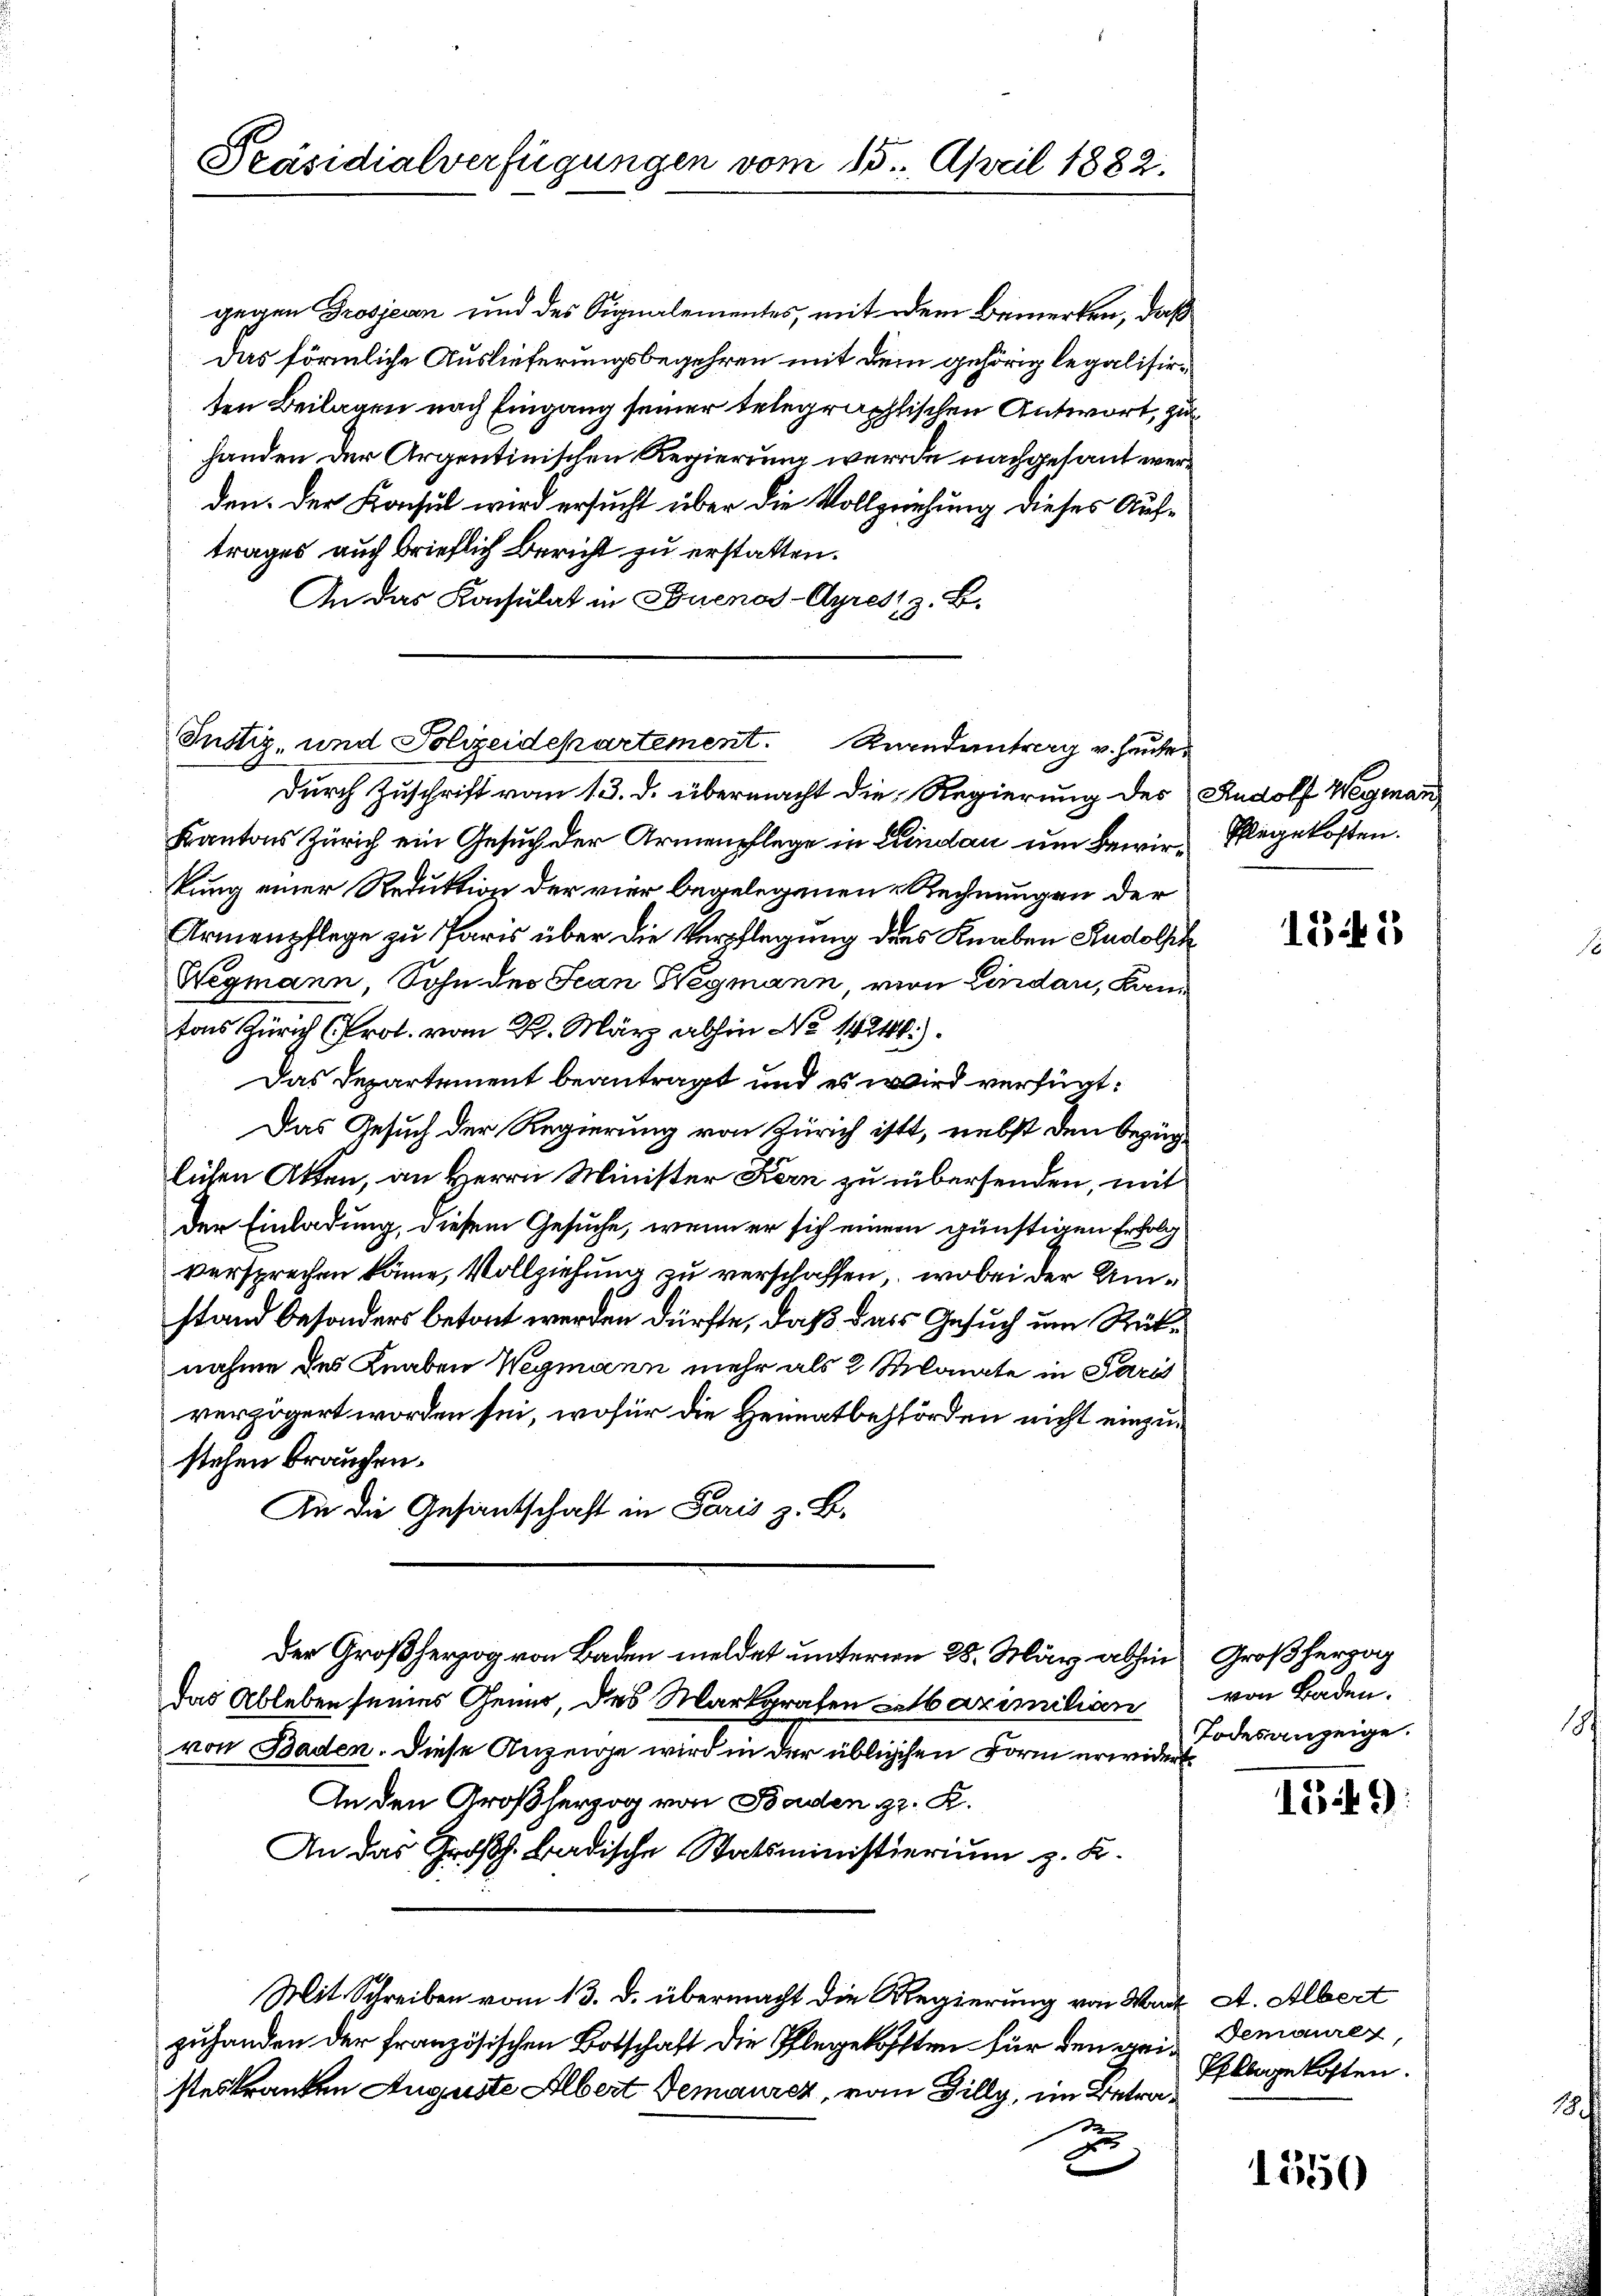
Justiz- und Polizeidepartement. Randantrag v. heute

Präsidialverfügungen vom 15. April 1882.

Das förmliche Auslieferungsbegehren mit dem gehörig legalisirten Beilagen nach Eingang seiner telegraphischen Antwort, zu
handen der Argentinischen Regierung werde nachgesant werden. Der Konsul wird ersucht über die Vollzeichung dieses Auftrages auch Brieflich bericht zu erstatten.
An das Konsulat in Buenos-Ayrest z. B.

gegen Grosjean und des Signalementes, mit dem Bemerken, daß

durch Zuschrift vom 13. d. übermacht die Regierung des Rudolf Wegman
Kantons Zürich ein Gesuch der Armenpflege in Lindau um Bewir- Pegekosten.
kung einer Reduktion der vier begelegenen Rechnungen der
Armenpflege zu Paris über die Verpflegung des Knaben Rudolph
Wegmann, Sohn des Jean Wegmann, von Lindau, Kan
s Zürich Pr. von R. März abhin No 1424).
Das Departement beantragt und es wird verfügt:
Das Gesuch der Regierung von Zürich ist, nebst den bezüglichen Akten, an Herrn Minister Kern zu übersenden, mit
der Einladung, diesem Gesuche, wenn er sich einem günstigen Erfolg
versprechen käme, Vollziehung zu verschaffen, wobei der Umstand besonders betont werden dürfte, daß das Gesuch um Rüknahme des Knaben Wegmann mehr als 2 Monate in Paris
verzögert worden sei, wofür die Heimatbehörden nicht einzustehen brauchen.
An die Gesantschaft in Paris z. B.
Der Großherzog von Baden meldet unterm 28. März abhin Großherzog
Das Ableben seines Genus, des Markgrafen Labazimilian
von Baden. Diese Anzeige wird in der üblichen Form erwidert
An den Großherzog von Baden z. K.
An das Großh. Badische Statsministierium z. K.
Mit Schreiben vom 13. d. übermacht die Regierung von Wart A. Albert
zuhanden der französischen Botschaft die Pflegekofften für den geisteskranken Auguste Albert demaurez, vom Filly, im Betra¬
S
d

1541

von Baden.
Todesanzeige.

189

demauren,
Pflegekosten.

1350